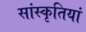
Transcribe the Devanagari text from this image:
सांस्कृतियां